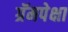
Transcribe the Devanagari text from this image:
ग्रॅमपेक्षा